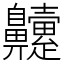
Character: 䶑